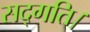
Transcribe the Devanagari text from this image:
सद्गति।